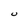
Character: U